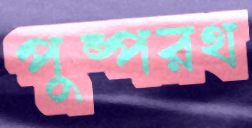
পুষ্পরথ